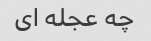
چه عجله ای